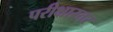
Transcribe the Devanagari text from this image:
परीक्षास्तर